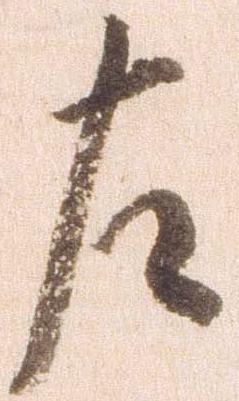
左